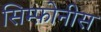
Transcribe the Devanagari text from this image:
सिम्फ़ोनीस